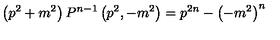
\left( p ^ { 2 } + m ^ { 2 } \right) P ^ { n - 1 } \left( p ^ { 2 } , - m ^ { 2 } \right) = p ^ { 2 n } - { \left( - m ^ { 2 } \right) } ^ { n }